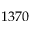
1 3 7 0